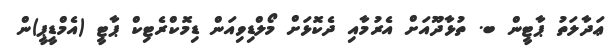
ޢަދާލަތު ޕާޓީން ބ. ތުޅާދޫއަށް އެރުމާއި ދެކޮޅަށް މޯލްޑިވިއަން ޑިމޮކްރެޓިކް ޕާޓީ (އެމްޑީޕީ)ން